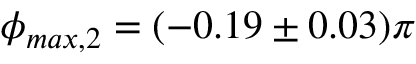
\phi _ { m a x , 2 } = ( - 0 . 1 9 \pm 0 . 0 3 ) \pi